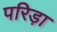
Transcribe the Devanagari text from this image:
परिड़ा